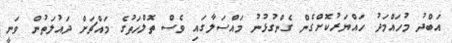
އަބްދު މުހައްމަދު ހައްޔަރުކޮށްގެން ގެންގުޅުނު މައްސަލާގައި ވެސް ތޮލްހަތުގެ މައްޗަށް ދައުލަތުން ވަނީ